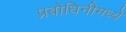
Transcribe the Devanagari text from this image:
प्रबोधिनीमध्ये